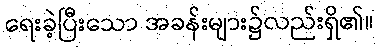
ရေးခဲ့ပြီးသော အခန်းများ၌လည်းရှိ၏။